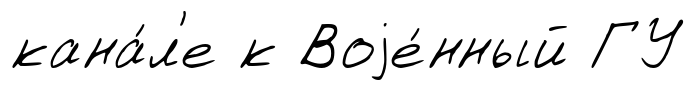
кана́л'е к Воjе́нный ГУ